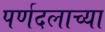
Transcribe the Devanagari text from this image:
पर्णदलाच्या